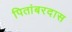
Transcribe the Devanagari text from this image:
पितांबरदास